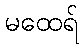
မထေရ်